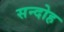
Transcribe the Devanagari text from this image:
सन्दोह